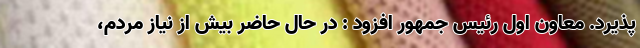
پذیرد. معاون اول رئیس جمهور افزود : در حال حاضر بیش از نیاز مردم،